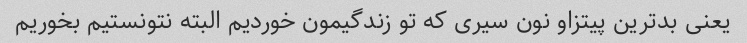
یعنی بدترین پیتزاو نون سیری که تو زندگیمون خوردیم البته نتونستیم بخوریم